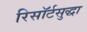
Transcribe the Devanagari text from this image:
रिसॉर्टसुद्धा